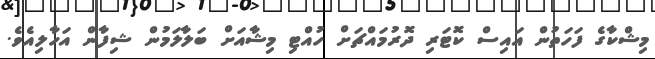
މިޝްކާގެ ފަހަތުން އައިސް ކޮޓަރި ދޮރުމައްޗަށް ހުއްޓި މިޝާއަށް ބަލާލަމުން ޝިފާން އަހާލިއެވެ.